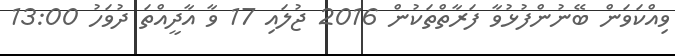
ވިއްކަވަން ބޭނުންފުޅުވާ ފަރާތްތަކުން 2016 ޖުލައި 17 ވާ އާދީއްތަ ދުވަހު 13:00